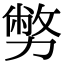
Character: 𠢪